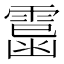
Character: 𩄥